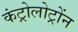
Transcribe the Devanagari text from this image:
कंट्रोलोट्रोंन